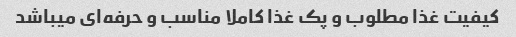
کیفیت غذا مطلوب و پک غذا کاملا مناسب و حرفه‌ای میباشد